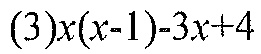
(3)\(x(x - 1)-3x + 4\)